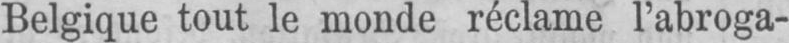
Belgique tout le monde réclame l’abroga-